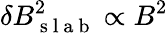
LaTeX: \delta B_{\mathrm{~s~l~a~b~}}^{2}\propto B^{2}